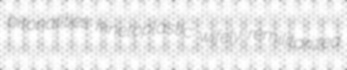
bitonalities kinetoplastic wifely remilitarized